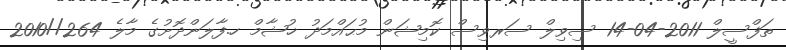
ތަފްސީލް 2011-04-14 ސިވިލް ސަރވިސް ކޮމިޝަން މުޙައްމަދު ޚުޝާމް ހ.ފާލަންދޮށުގެ މާލެ 264//2010